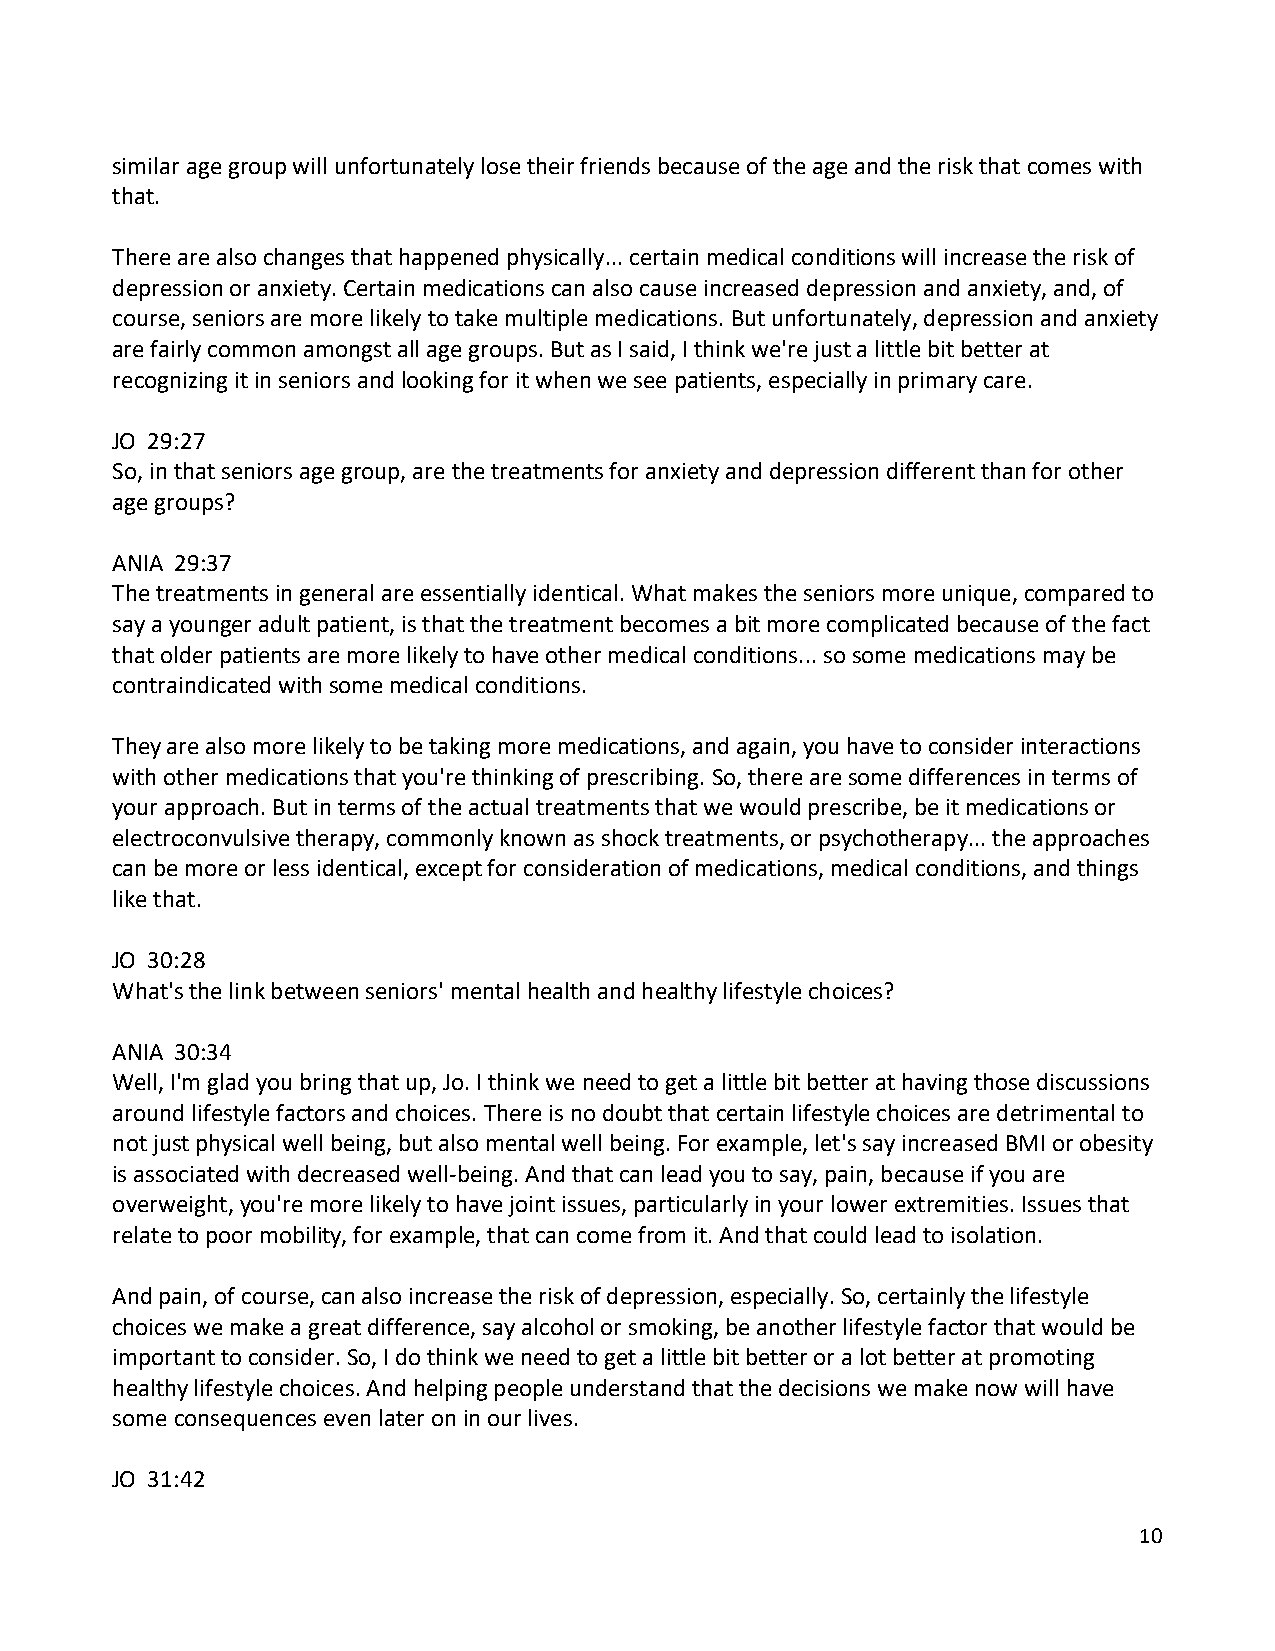
similar age group will unfortunately lose their friends because of the age and the risk that comes with
 that.
 There are also changes that happened physically... certain medical conditions will increase the risk of
 depression or anxiety. Certain medications can also cause increased depression and anxiety, and, of
 course, seniors are more likely to take multiple medications. But unfortunately, depression and anxiety
 are fairly common amongst all age groups. But as I said, I think we're just a little bit better at
 recognizing it in seniors and looking for it when we see patients, especially in primary care.
 JO 29:27
 So, in that seniors age group, are the treatments for anxiety and depression different than for other
 age groups?
 ANIA 29:37
 The treatments in general are essentially identical. What makes the seniors more unique, compared to
 say a younger adult patient, is that the treatment becomes a bit more complicated because of the fact
 that older patients are more likely to have other medical conditions... so some medications may be
 contraindicated with some medical conditions.
 They are also more likely to be taking more medications, and again, you have to consider interactions
 with other medications that you're thinking of prescribing. So, there are some differences in terms of
 your approach. But in terms of the actual treatments that we would prescribe, be it medications or
 electroconvulsive therapy, commonly known as shock treatments, or psychotherapy... the approaches
 can be more or less identical, except for consideration of medications, medical conditions, and things
 like that.
 JO 30:28
 What's the link between seniors' mental health and healthy lifestyle choices?
 ANIA 30:34
 Well, I'm glad you bring that up, Jo. I think we need to get a little bit better at having those discussions
 around lifestyle factors and choices. There is no doubt that certain lifestyle choices are detrimental to
 not just physical well being, but also mental well being. For example, let's say increased BMI or obesity
 is associated with decreased well-being. And that can lead you to say, pain, because if you are
 overweight, you're more likely to have joint issues, particularly in your lower extremities. Issues that
 relate to poor mobility, for example, that can come from it. And that could lead to isolation.
 And pain, of course, can also increase the risk of depression, especially. So, certainly the lifestyle
 choices we make a great difference, say alcohol or smoking, be another lifestyle factor that would be
 important to consider. So, I do think we need to get a little bit better or a lot better at promoting
 healthy lifestyle choices. And helping people understand that the decisions we make now will have
 some consequences even later on in our lives.
 JO 31:42
 10